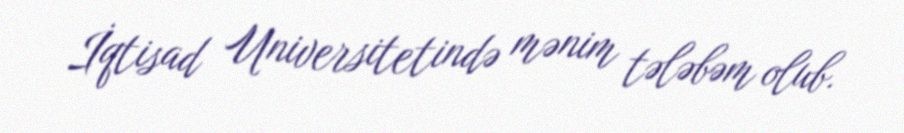
İqtisad Universitetində mənim tələbəm olub.